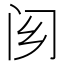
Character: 𨷿